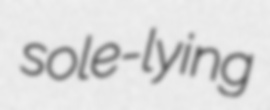
sole-lying